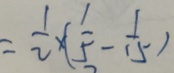
= \frac { 1 } { 2 } \times ( \frac { 1 } { 5 } - \frac { 1 } { 1 5 } )